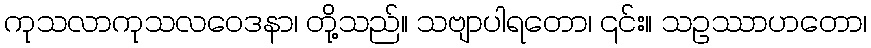
ကုသလာကုသလဝေဒနာ၊ တို့သည်။ သဗျာပါရတော၊ ၎င်း။ သဥဿာဟတော၊